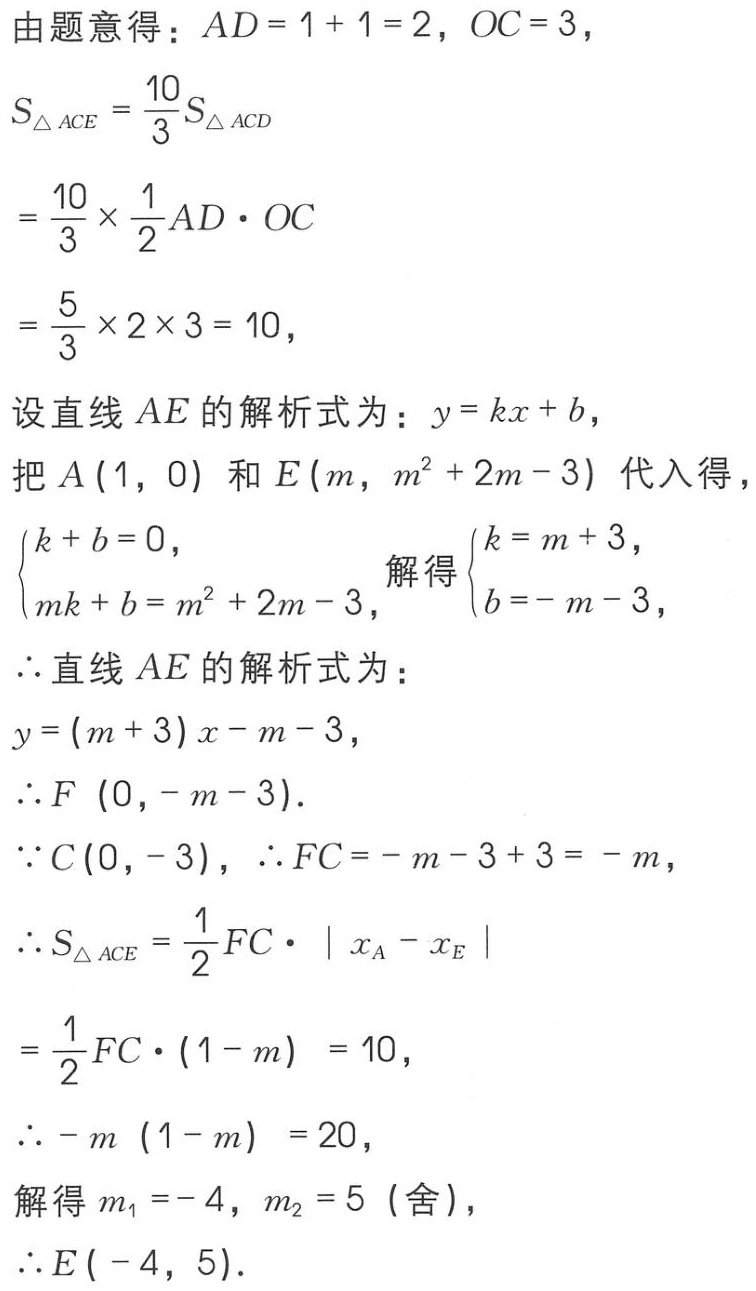
由题意得：\(AD = 1 + 1 = 2\)，\(OC = 3\)，
\(S_{\triangle ACE}=\frac{10}{3}S_{\triangle ACD}\)
\(=\frac{10}{3}\times\frac{1}{2}AD\cdot OC\)
\(=\frac{5}{3}\times2\times 3 = 10\)，
设直线 \(AE\) 的解析式为：\(y = kx + b\)，
把 \(A(1,0)\) 和 \(E(m,m^{2}+2m - 3)\) 代入得，
\(\begin{cases}k + b = 0,\\mk + b = m^{2}+2m - 3,\end{cases}\) 解得 \(\begin{cases}k = m + 3,\\b = -m - 3,\end{cases}\)
\(\therefore\) 直线 \(AE\) 的解析式为：
\(y=(m + 3)x - m - 3\)，
\(\therefore F(0,-m - 3)\).
\(\because C(0,-3)\)，\(\therefore FC=-m - 3 + 3 = -m\)，
\(\therefore S_{\triangle ACE}=\frac{1}{2}FC\cdot|x_A - x_E|\)
\(=\frac{1}{2}FC\cdot(1 - m)=10\)，
\(\therefore -m(1 - m)=20\)，
解得 \(m_1 = - 4\)，\(m_2 = 5\)（舍），
\(\therefore E(-4,5)\).